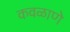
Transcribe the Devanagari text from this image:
कवळाणे